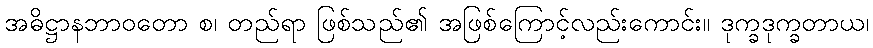
အဓိဋ္ဌာနဘာဝတော စ၊ တည်ရာ ဖြစ်သည်၏ အဖြစ်ကြောင့်လည်းကောင်း။ ဒုက္ခဒုက္ခတာယ၊